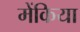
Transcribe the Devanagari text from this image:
मेंकिया